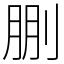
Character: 𠜳